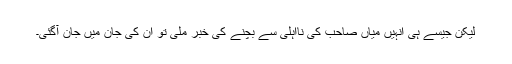
لیکن جیسے ہی انہیں میاں صاحب کی نااہلی سے بچنے کی خبر ملی تو ان کی جان میں جان آگئی۔